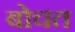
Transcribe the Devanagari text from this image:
बोचत